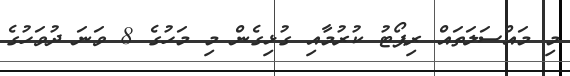
މި މައްސަލަތައް ރިޕޯޓު ކުރުމާއި ގުޅިގެން މި މަހުގެ 8 ވަނަ ދުވަހުގެ